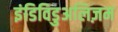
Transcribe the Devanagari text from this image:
इंडिविडुअलिज़म